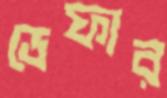
ডেফার